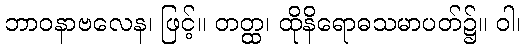
ဘာဝနာဗလေန၊ ဖြင့်။ တတ္ထ၊ ထိုနိရောဓသမာပတ်၌။ ဝါ၊